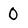
Character: 0